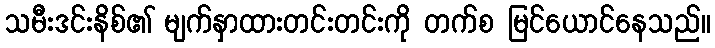
သမီးဒင်းနိစ်၏ မျက်နှာထားတင်းတင်းကို တက်စ မြင်ယောင်နေသည်။